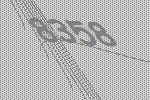
8358